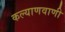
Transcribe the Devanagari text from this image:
कल्याणवाणी